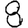
Digit: 8